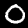
Label: 0